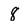
Character: 8